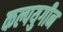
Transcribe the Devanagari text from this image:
कल्पयुगीन